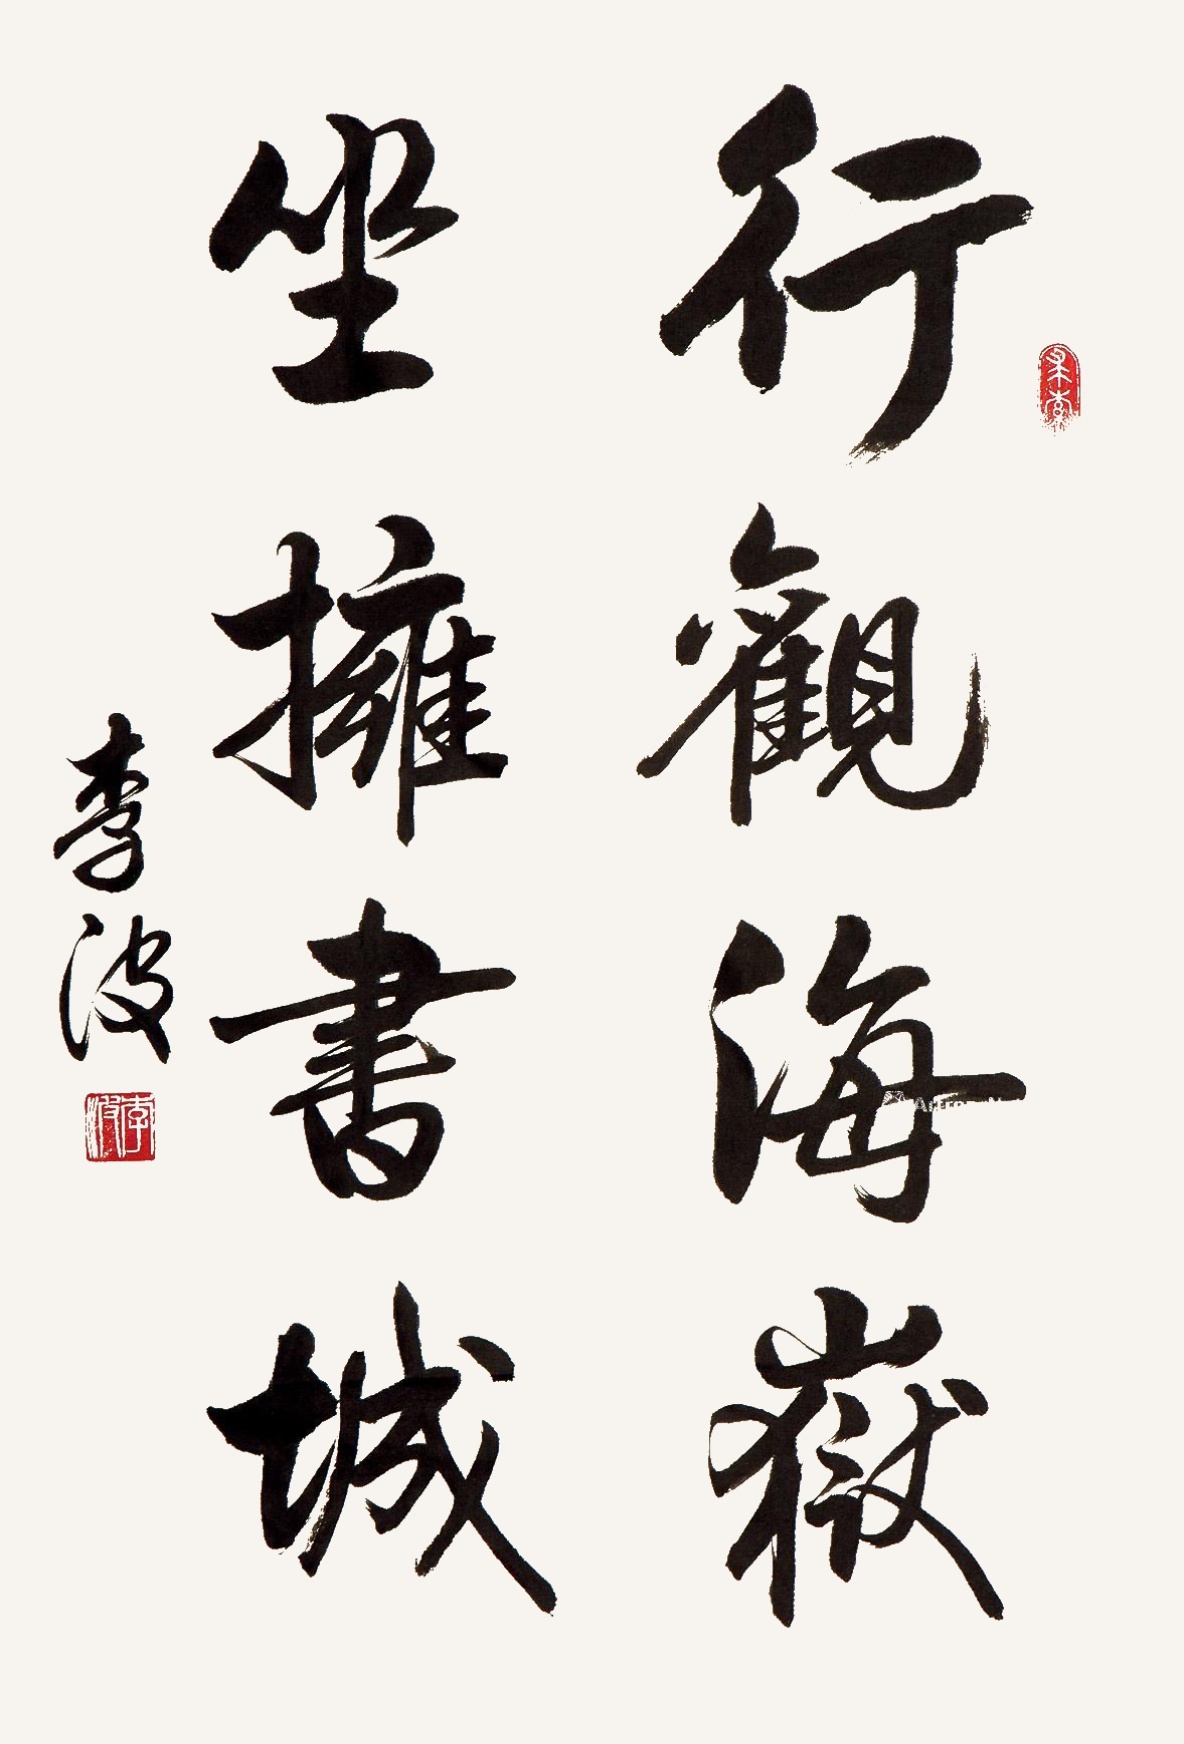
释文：行观海岳，坐拥书城。李波。